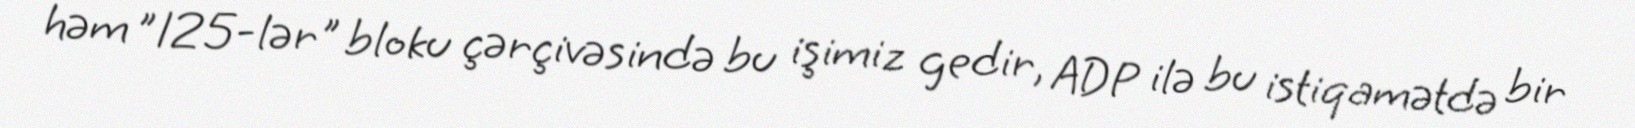
həm ”125-lər" bloku çərçivəsində bu işimiz gedir, ADP ilə bu istiqamətdə bir